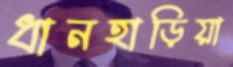
ধানহাড়িয়া